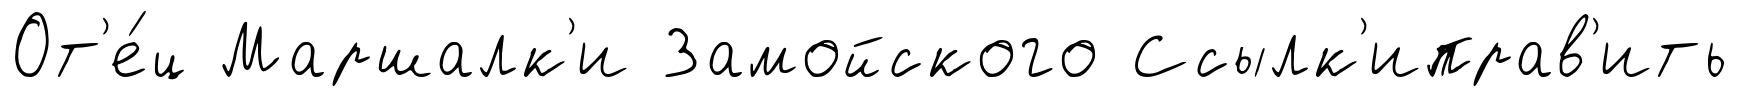
От'е́ц Маршалк'и Замойского Ссылк'иправ'ить